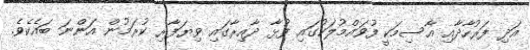
އަދި ފަރުހާދާއި އާސިމަކީ ފުވައްމުލަކުގައި ފުޅާ ދާއިރާގައި ވިޔަފާރި ކުރަމުން އަންނަ ބައެކެވެ.